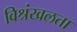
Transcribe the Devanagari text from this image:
विश्रंखलता